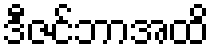
ဒီဇင်ဘာအထိ